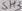
Text: SH3